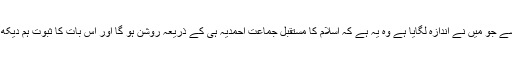
ان باتوں سے جو میں نے اندازہ لگایا ہے وہ یہ ہے کہ اسلام کا مستقبل جماعت احمدیہ ہی کے ذریعہ روشن ہو گا اور اس بات کا ثبوت ہم دیکھ رہے ہیں۔